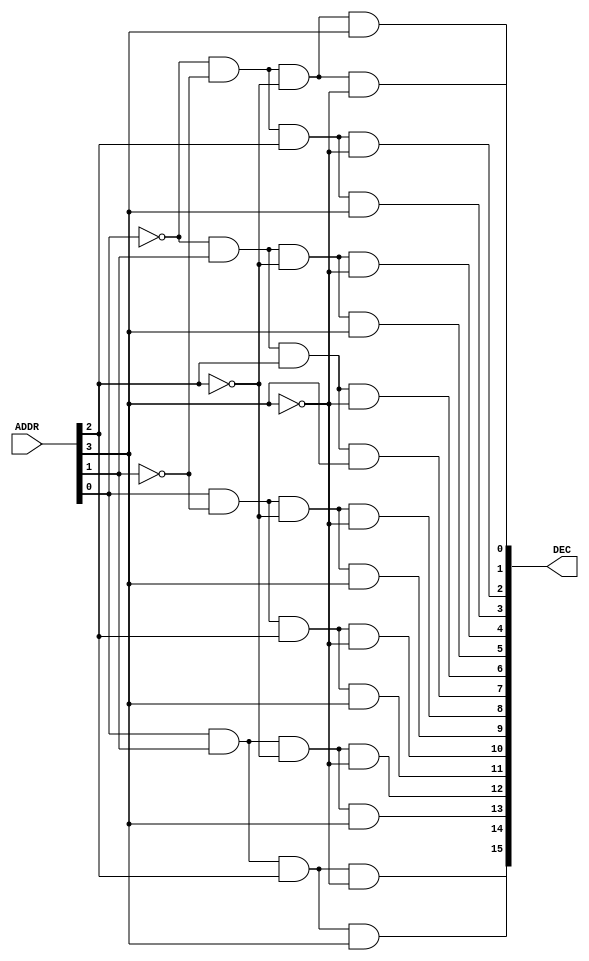
module dec_4_to_16
(
  input [3:0] ADDR,
  output [15:0] DEC
);

  // Every output will output will have exactly one corresponding high
  assign DEC[0] = ~ADDR[0] & ~ADDR[1] & ~ADDR[2] & ~ADDR[3];
  assign DEC[1] = ~ADDR[0] & ~ADDR[1] & ~ADDR[2] & ADDR[3];
  assign DEC[2] = ~ADDR[0] & ~ADDR[1] & ADDR[2] & ~ADDR[3];
  assign DEC[3] = ~ADDR[0] & ~ADDR[1] & ADDR[2] & ADDR[3];
  assign DEC[4] = ~ADDR[0] & ADDR[1] & ~ADDR[2] & ~ADDR[3];
  assign DEC[5] = ~ADDR[0] & ADDR[1] & ~ADDR[2] & ADDR[3];
  assign DEC[6] = ~ADDR[0] & ADDR[1] & ADDR[2] & ~ADDR[3];
  assign DEC[7] = ~ADDR[0] & ADDR[1] & ADDR[2] & ADDR[3];
  assign DEC[8] = ADDR[0] & ~ADDR[1] & ~ADDR[2] & ~ADDR[3];
  assign DEC[9] = ADDR[0] & ~ADDR[1] & ~ADDR[2] & ADDR[3];
  assign DEC[10] = ADDR[0] & ~ADDR[1] & ADDR[2] & ~ADDR[3];
  assign DEC[11] = ADDR[0] & ~ADDR[1] & ADDR[2] & ADDR[3];
  assign DEC[12] = ADDR[0] & ADDR[1] & ~ADDR[2] & ~ADDR[3];
  assign DEC[13] = ADDR[0] & ADDR[1] & ~ADDR[2] & ADDR[3];
  assign DEC[14] = ADDR[0] & ADDR[1] & ADDR[2] & ~ADDR[3];
  assign DEC[15] = ADDR[0] & ADDR[1] & ADDR[2] & ADDR[3];
endmodule